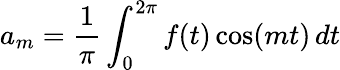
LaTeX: a_{m}={\frac{1}{\pi}}\int_{0}^{2\pi}f(t)\cos(mt)\, dt